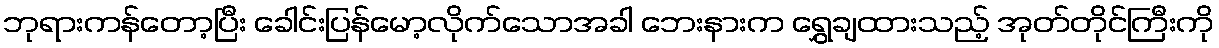
ဘုရားကန်တော့ပြီး ခေါင်းပြန်မော့လိုက်သောအခါ ဘေးနားက ရွှေချထားသည့် အုတ်တိုင်ကြီးကို